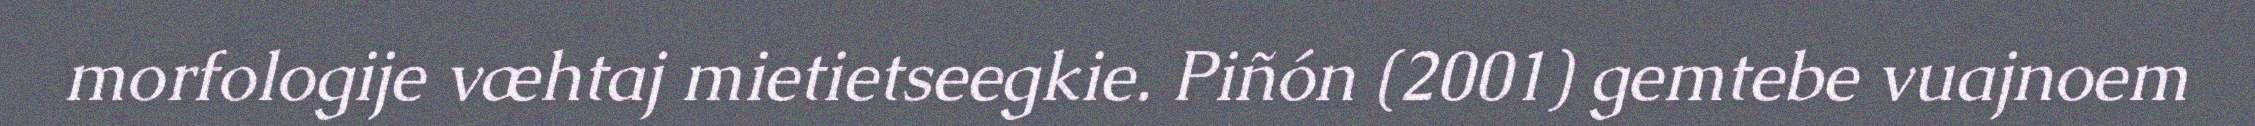
morfologije væhtaj mietietseegkie. Piñón (2001) gemtebe vuajnoem